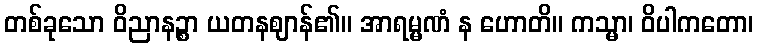
တစ်ခုသော ဝိညာနဉ္စာ ယတနဈာန်၏။ အာရမ္မဏံ န ဟောတိ။ ကသ္မာ၊ ဝိပါကတော၊